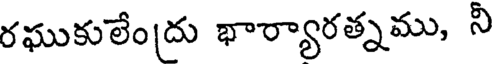
రఘుకులేందు భార్యారత్నము, నీ